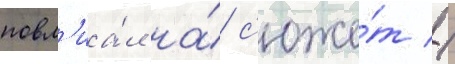
повл'иа́л на́ с'юже́т //